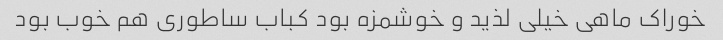
خوراک ماهی خیلی لذید و خوشمزه بود کباب ساطوری هم خوب بود